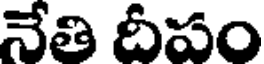
నేతి దీపం